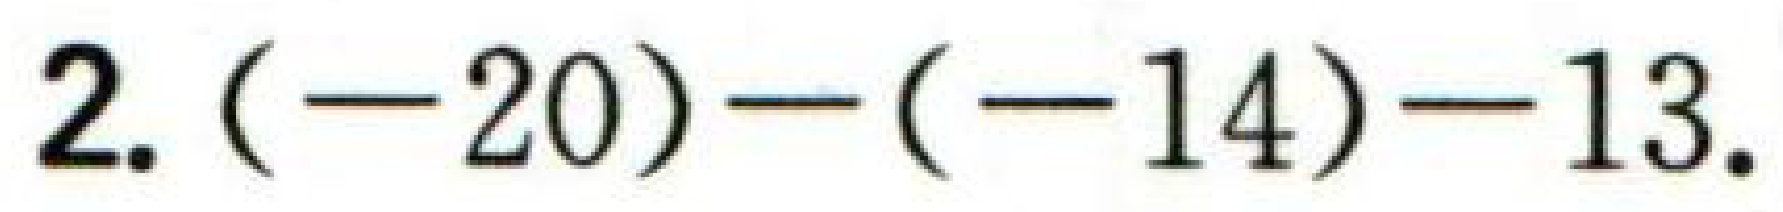
$2.(-20)-(-14)-13.$